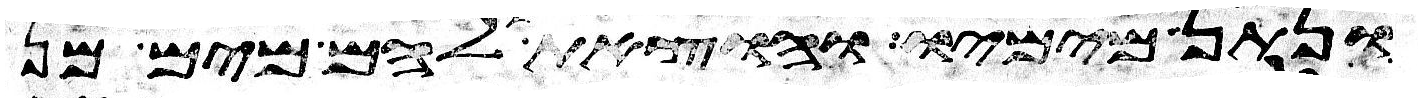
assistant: ונתן מימיו והוצאת להם מים מן